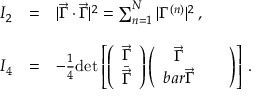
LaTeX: \begin{array} { r c l } { { I _ { 2 } } } & { { = } } & { { | \vec { \Gamma } \cdot \vec { \Gamma } | ^ { 2 } = \sum _ { n = 1 } ^ { N } | \Gamma ^ { ( n ) } | ^ { 2 } \, , } } \\ { { } } & { { } } & { { } } \\ { { I _ { 4 } } } & { { = } } & { { - \frac { 1 } { 4 } \mathrm { d e t } \left[ \left( \begin{array} { c } { { \vec { \Gamma } } } \\ { { \bar { \vec { \Gamma } } } } \end{array} \right) \left( \begin{array} { c c } { { \vec { \Gamma } } } & { { \ \ } } \\ { { b a r { \vec { \Gamma } } } } \end{array} \right) \right] \, . } } \end{array}